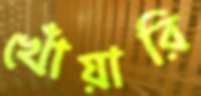
খোঁয়ারি